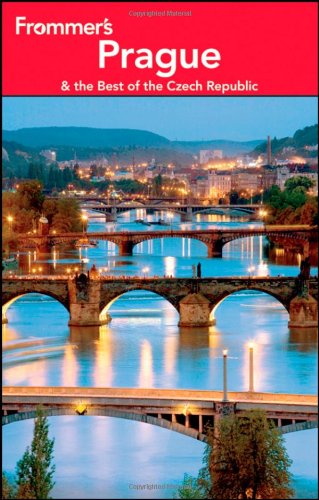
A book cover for Frommer's Prague and the Best of the Czech Republic (Frommer's Complete Guides); Mark Baker; Travel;